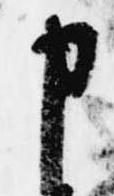
申